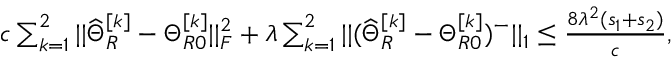
\begin{array} { r } { c \sum _ { k = 1 } ^ { 2 } | | \widehat { \Theta } _ { R } ^ { [ k ] } - \Theta _ { R 0 } ^ { [ k ] } | | _ { F } ^ { 2 } + \lambda \sum _ { k = 1 } ^ { 2 } | | ( \widehat { \Theta } _ { R } ^ { [ k ] } - \Theta _ { R 0 } ^ { [ k ] } ) ^ { - } | | _ { 1 } \leq \frac { 8 \lambda ^ { 2 } ( s _ { 1 } + s _ { 2 } ) } { c } , } \end{array}